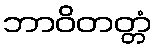
ဘာဝိတတ္တံ